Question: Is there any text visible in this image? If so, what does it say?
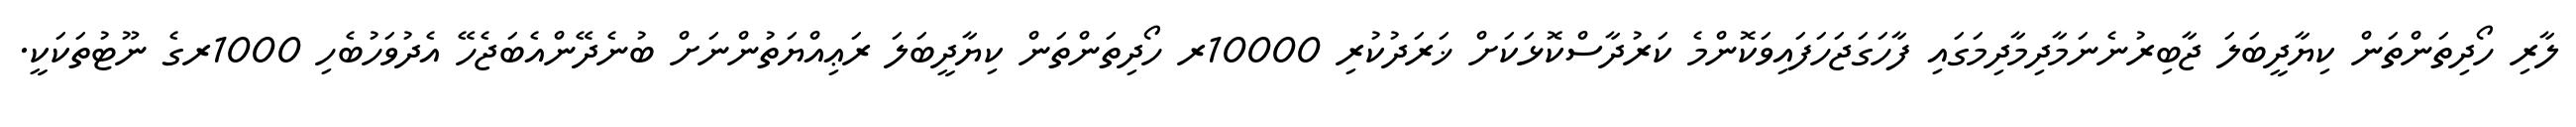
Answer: ލާރި ހޯދިތަންތަން ކިޔާދީބަލަ ޖާބިރުނެނަމާދިމާދިމަގައި ފާހަގަޖަހަފައިވަކޮންމެ ކަރުދާސްކޮޅަކަށް ޚަރަދުކުރި 10000ރ ހޯދިތަންތަން ކިޔާދީބަލަ ރަޢިއްޔަތުންނަށް ބުނެދޭންއެބަޖެހޭ އެދުވަހުބެހި 1000ރގެ ނޫޓުތަކަކީ.